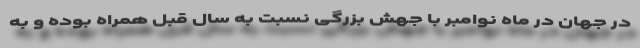
در جهان در ماه نوامبر با جهش بزرگی نسبت به سال قبل همراه بوده و به